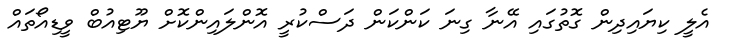
އެލީ ކިޔައިދިން ގޮތުގައި އޭނާ ގިނަ ކަންކަން ދަސްކުރީ އޮންލައިންކޮށް ޔޫޓިއުބް ވީޑިއޯތައް